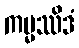
ကမ္မဿိဒံ